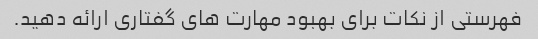
فهرستی از نکات برای بهبود مهارت های گفتاری ارائه دهید.